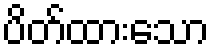
ပိတ်ထားသော